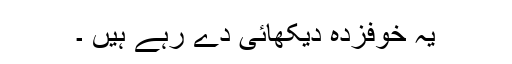
یہ خوفزدہ دیکھائی دے رہے ہیں ۔